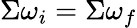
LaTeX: \Sigma\omega_{i}=\Sigma\omega_{f}